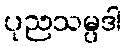
ပုညသမ္ပဒါ